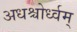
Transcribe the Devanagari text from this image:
अधश्चोर्ध्वम्